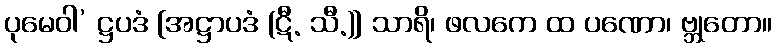
ပုမေဝါ’ ဋ္ဌပဒံ [အဋ္ဌာပဒံ (ဋီ. သီ.)] သာရိ၊ ဖလကေ ထ ပဏော၊ ဗ္ဘုတော။